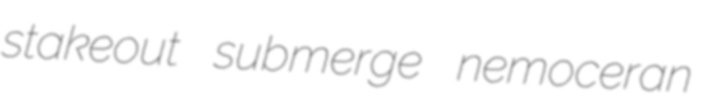
stakeout submerge nemoceran